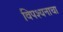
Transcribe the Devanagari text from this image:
विपश्यनाचा